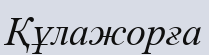
Құлажорға